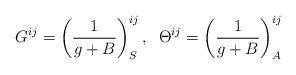
LaTeX: \begin{align*} G^{ij}=\left({1\over g+B}\right)_S^{ij},\;\;\Theta^{ij}=\left({1\over g+B}\right)^{ij}_A\end{align*}